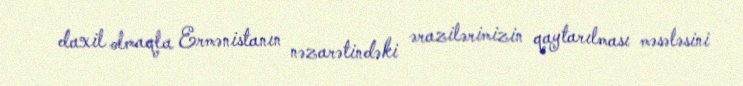
daxil olmaqla Ermənistanın nəzarətindəki ərazilərimizin qaytarılması məsələsini